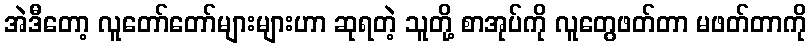
အဲဒီတော့ လူတော်တော်များများဟာ ဆုရတဲ့ သူတို့ စာအုပ်ကို လူတွေဖတ်တာ မဖတ်တာကို